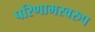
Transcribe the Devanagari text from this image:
परिणामस्‍वरुप